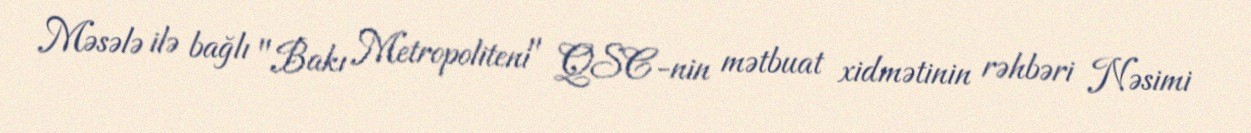
Məsələ ilə bağlı "Bakı Metropoliteni" QSC-nin mətbuat xidmətinin rəhbəri Nəsimi